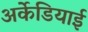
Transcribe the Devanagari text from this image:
अर्केडियाई